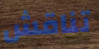
تناقش